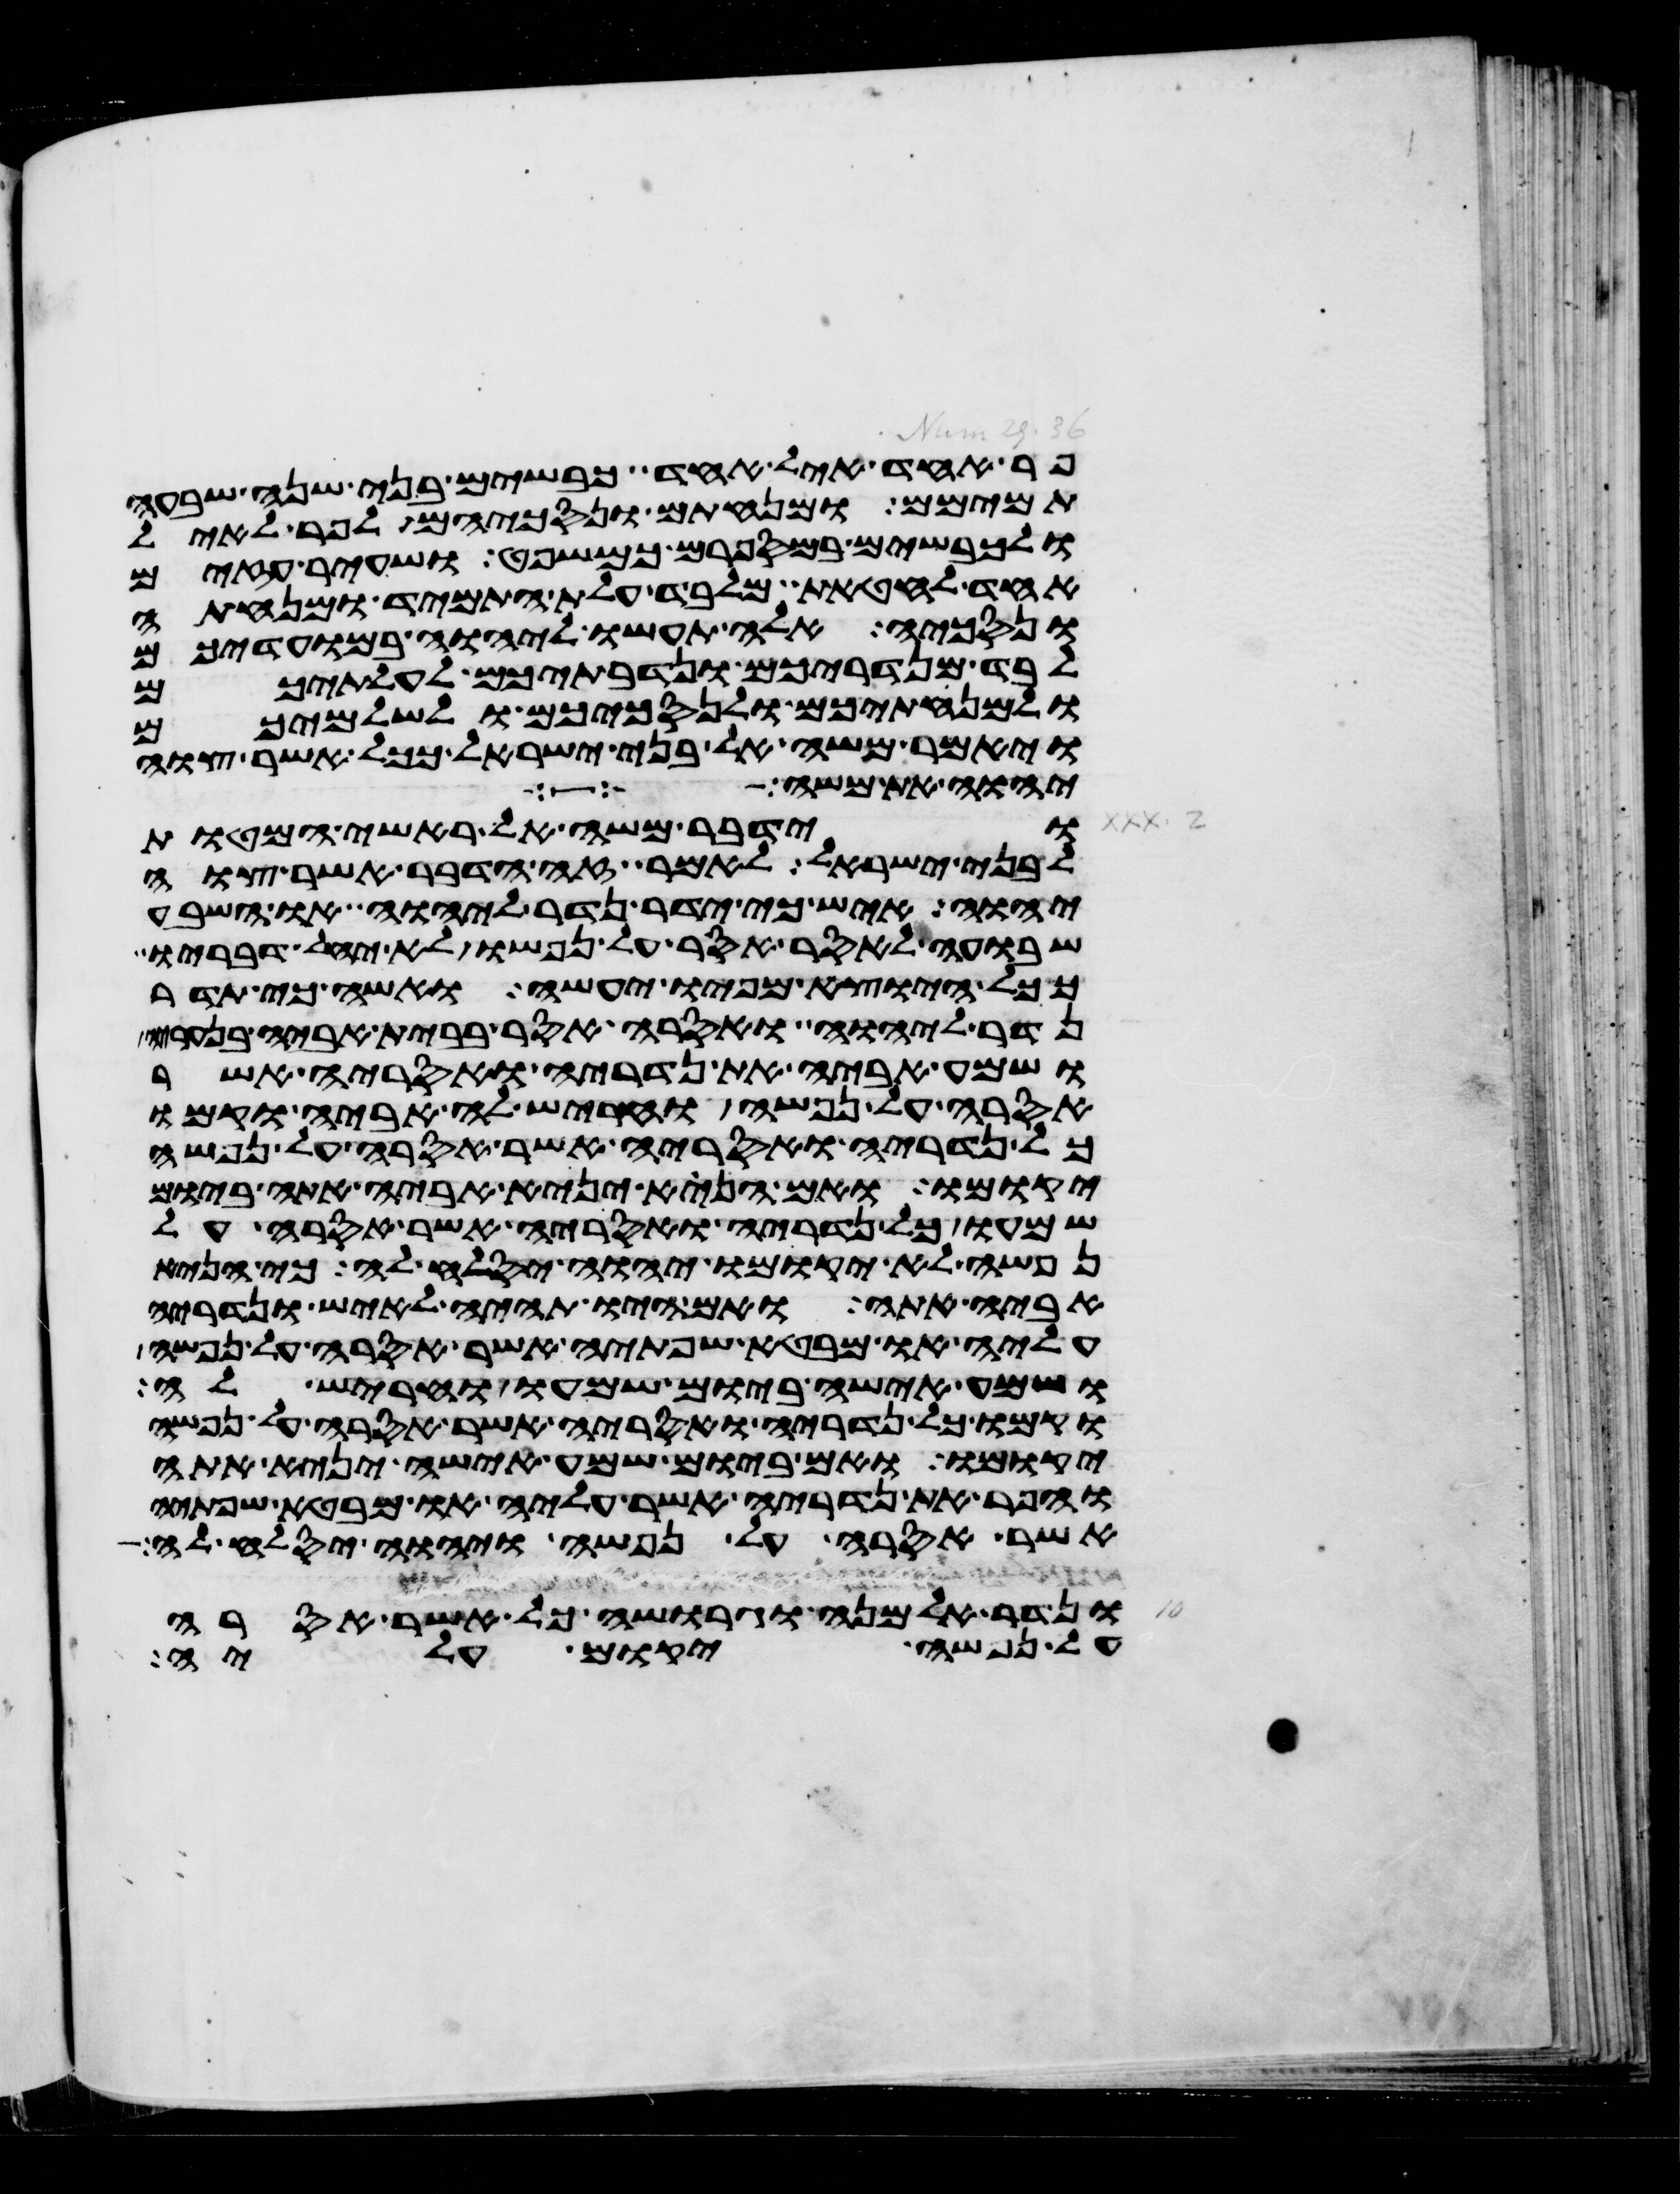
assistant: פר אחד איל אחד כבשים בני שנה שבעה
תמימם ומנחתם ונסכיהם לפר לאיל
ולכבשים במספרם כמשפט ושעיר עזים
אחד לחטאת מלבד עלת התמיד ומנחתה
ונסכיה אלה תעשו ליהוה במועדיכם
לבד מנדריכם ונדבתיכם לעלתיכם
ולמנחתיכם ולנסכיכם ולשלמיכם
ויאמר משה אל בני ישראל ככל אשר צוה
יהוה את משה
וידבר משה אל ראשי המטות
לבני ישראל לאמר זה הדבר אשר צוה
יהוה איש כי ידר נדר ליהוה או השבע
שבועה לאסר אסר על נפשו לא יחל דבריו
ככל היוצא מפיו יעשה ואשה כי תדר
נדר ליהוה ואסרה אסר בבית אביה בנעריה
ושמע אביה את נדריה ואסריה אשר
אסרה על נפשה והחריש לה אביה וקמו
כל נדריה ואסריה אשר אסרה על נפשה
יקומו ואם הנא יניא אביה אתה ביום
שמעו כל נדריה ואסריה אשר אסרה על
נפשה לא יקומו ויהוה יסלח לה כי הניא
אביה אתה ואם היו תהיה לאיש ונדריה
עליה או מבטא שפתיה אשר אסרה על נפשה
ושמע אישה ביום שמעו וחריש לה
וקמו כל נדריה ואסריה אשר אסרה על נפשה
יקומו ואם ביום שמע אישה יניא אתה
והפר את נדריה אשר עליה או מבטא שפתיה
אשר אסרה על נפשה ויהוה יסלח לה
ונדר אלמנה וגרושה כל אשר אסרה
על נפשה יקום עליה